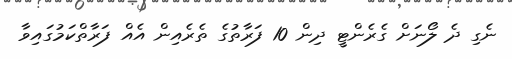
ނެގި ދެ ލޯނަށް ގެރެންޓީ ދިން 10 ފަރާތުގެ ތެރެއިން އެއް ފަރާތްކަމުގައިވާ